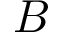
B